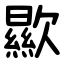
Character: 歞